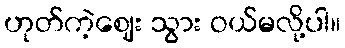
ဟုတ်ကဲ့ဈေး သွား ဝယ်မလို့ပါ။